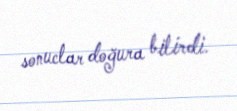
sonuclar doğura bilirdi.